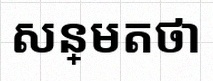
សន្មតថា x ជាចំនួនពិត